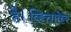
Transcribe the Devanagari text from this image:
है।व्हित्ताकेर